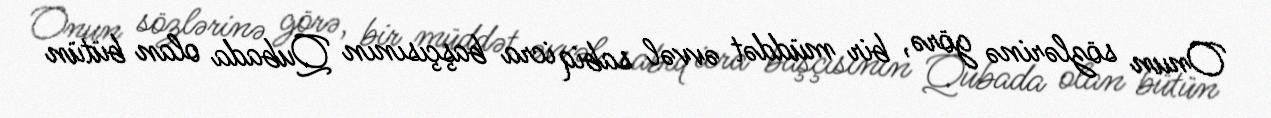
Onun sözlərinə görə, bir müddət əvvəl sabiq icra başçısının Qubada olan bütün